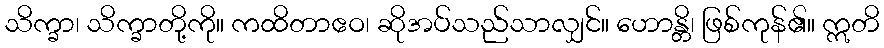
သိက္ခာ၊ သိက္ခာတို့ကို။ ကထိတာဧဝ၊ ဆိုအပ်သည်သာလျှင်။ ဟောန္တိ၊ ဖြစ်ကုန်၏။ ဣတိ